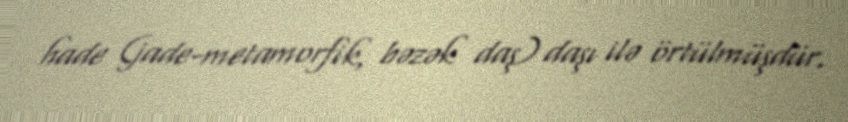
hade (jade-metamorfik, bəzək daş) daşı ilə örtülmüşdür.